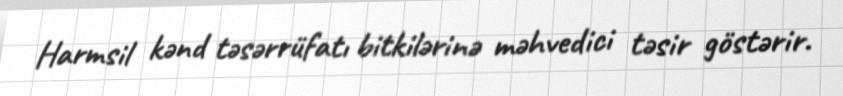
Harmsil kənd təsərrüfatı bitkilərinə məhvedici təsir göstərir.